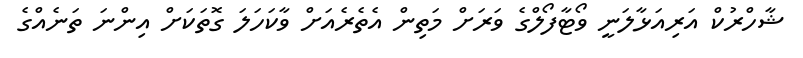
ޝާހްރުކް އަރިއަޅާލަނީ ވޯޓާފޯލްގެ ވަރަށް މަތިން އެތެރެއަށް ވާކަހަލަ ގޮތަކަށް އިންނަ ތަނެއްގެ